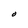
Character: O